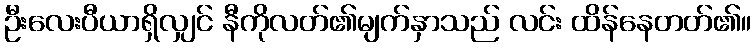
ဦးလေးပီယာရှိလျှင် နီကိုလတ်၏မျက်နှာသည် လင်း ထိန်နေတတ်၏။